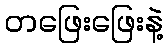
တဖြေးဖြေးနဲ့